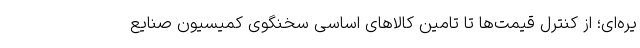
یره‌ای؛ از کنترل قیمت‌ها تا تامین کالاهای اساسی سخنگوی کمیسیون صنایع